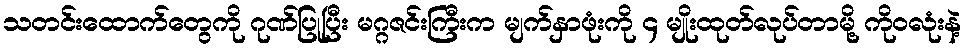
သတင်းထောက်တွေကို ဂုဏ်ပြုပြီး မဂ္ဂဇင်းကြီးက မျက်နှာဖုံးကို ၄ မျိုးထုတ်လုပ်တာမို့ ကိုဝလုံးနဲ့